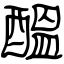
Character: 醞